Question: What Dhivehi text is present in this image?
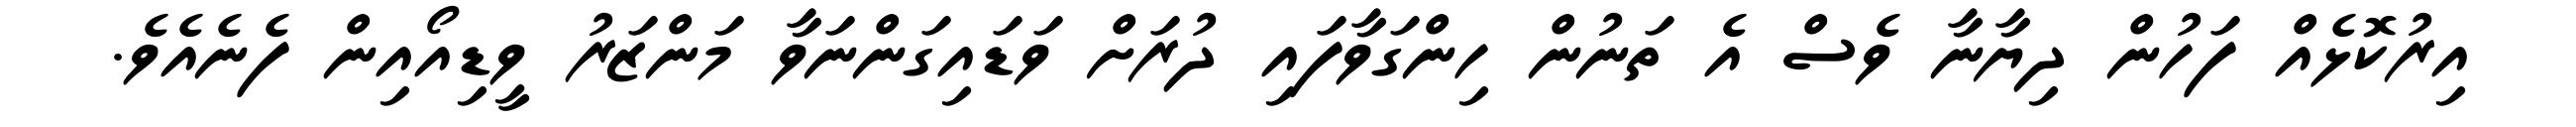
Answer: އިރުކޮޅެއް ފަހުން ދިޔާނާ ވެސް އެ ތަނުން ހިންގަވާފައި ދުރަށް ވަޑައިގަންނަވާ މަންޒަރު ވީޑިއޯއިން ފެނެއެވެ.